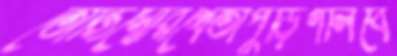
তোজিম্বোরখেতাপুড়িগলিবে